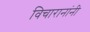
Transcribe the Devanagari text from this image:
विचारानांनी